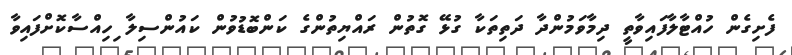
ފެށިގެން ހުއްޓާލާފައިވާތީ ދިމާވަމުންދާ ދަތިތަކާ ގުޅޭ ގޮތުން ރައްޔިތުންގެ ކަންބޮޑުވުން ކައުންސިލާ ިހިއްސާކޮށްފައިވާ